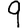
Digit: 9